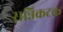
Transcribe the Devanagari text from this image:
सन्निकटक